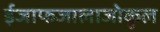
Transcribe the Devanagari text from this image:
ईजाफजालाजोकुल